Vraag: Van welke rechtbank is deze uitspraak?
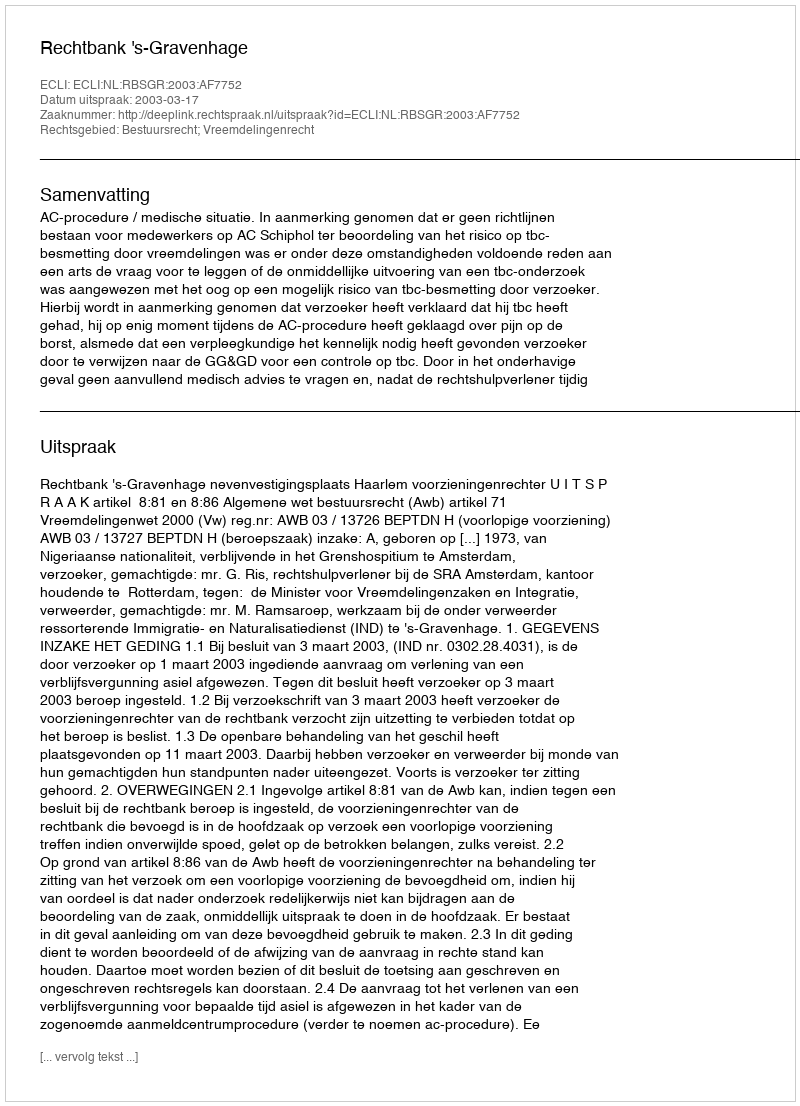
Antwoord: Rechtbank 's-Gravenhage